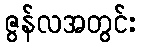
ဇွန်လအတွင်း